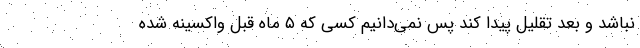
نباشد و بعد تقلیل پیدا کند پس نمی‌دانیم کسی که ۵ ماه قبل واکسینه شده